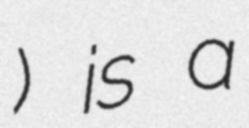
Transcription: Стрижевац) is a